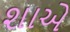
શાએ